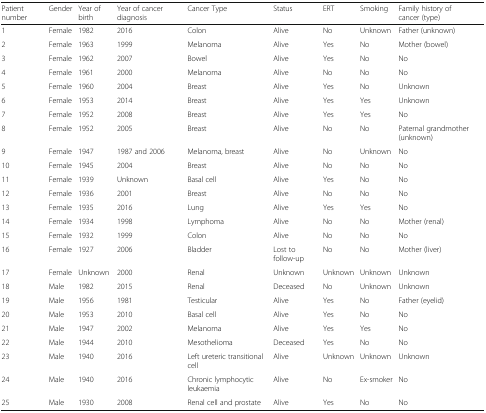
| Patient number | Gender | Year of birth | Year of cancer diagnosis | Cancer Type | Status | ERT | Smoking | Family history of cancer (type) |
 | --- | --- | --- | --- | --- | --- | --- | --- | --- |
 | 1 | Female | 1982 | 2016 | Colon | Alive | No | Unknown | Father (unknown) |
 | 2 | Female | 1963 | 1999 | Melanoma | Alive | Yes | No | Mother (bowel) |
 | 3 | Female | 1962 | 2007 | Bowel | Alive | Yes | No | No |
 | 4 | Female | 1961 | 2000 | Melanoma | Alive | No | No | No |
 | 5 | Female | 1960 | 2004 | Breast | Alive | Yes | No | Unknown |
 | 6 | Female | 1953 | 2014 | Breast | Alive | Yes | Yes | Unknown |
 | 7 | Female | 1952 | 2008 | Breast | Alive | Yes | Yes | No |
 | 8 | Female | 1952 | 2005 | Breast | Alive | No | No | Paternal grandmother (unknown) |
 | 9 | Female | 1947 | 1987 and 2006 | Melanoma, breast | Alive | No | Unknown | No |
 | 10 | Female | 1945 | 2004 | Breast | Alive | No | No | No |
 | 11 | Female | 1939 | Unknown | Basal cell | Alive | Yes | No | No |
 | 12 | Female | 1936 | 2001 | Breast | Alive | No | No | No |
 | 13 | Female | 1935 | 2016 | Lung | Alive | Yes | Yes | No |
 | 14 | Female | 1934 | 1998 | Lymphoma | Alive | No | No | Mother (renal) |
 | 15 | Female | 1932 | 1999 | Colon | Alive | No | No | No |
 | 16 | Female | 1927 | 2006 | Bladder | Lost to follow-up | No | No | Mother (liver) |
 | 17 | Female | Unknown | 2000 | Renal | Unknown | Unknown | Unknown | Unknown |
 | 18 | Male | 1982 | 2015 | Renal | Deceased | No | Unknown | Unknown |
 | 19 | Male | 1956 | 1981 | Testicular | Alive | Yes | No | Father (eyelid) |
 | 20 | Male | 1953 | 2010 | Basal cell | Alive | Yes | No | No |
 | 21 | Male | 1947 | 2002 | Melanoma | Alive | Yes | Yes | No |
 | 22 | Male | 1944 | 2010 | Mesothelioma | Deceased | Yes | No | No |
 | 23 | Male | 1940 | 2016 | Left ureteric transitional cell | Alive | Unknown | Unknown | Unknown |
 | 24 | Male | 1940 | 2016 | Chronic lymphocytic leukaemia | Alive | No | Ex-smoker | No |
 | 25 | Male | 1930 | 2008 | Renal cell and prostate | Alive | Yes | No | No |